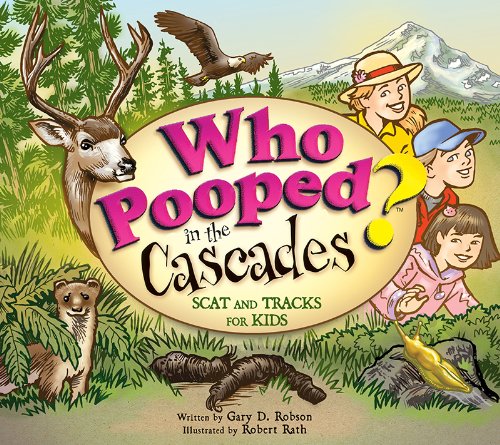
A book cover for Who Pooped in the Cascades?: Scat and Tracks for Kids; Gary D. Robson; Children's Books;